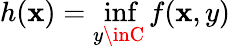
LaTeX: h(\mathbf{x})=\operatorname*{inf}_{y\inC}f(\mathbf{x},y)